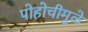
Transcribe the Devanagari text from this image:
पोहोचीमुळे